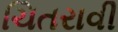
ચિતરાવી